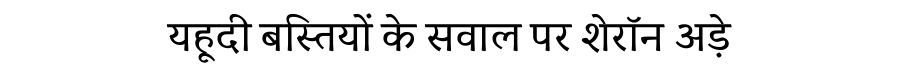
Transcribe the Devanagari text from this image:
यहूदी बस्तियों के सवाल पर शेरॉन अड़े